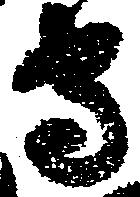
守